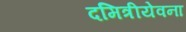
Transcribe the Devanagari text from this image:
दमित्रीयेवना